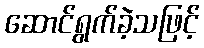
ဆောင်ရွက်ခဲ့သဖြင့်